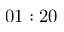
0 1 : 2 0